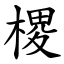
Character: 㮨